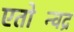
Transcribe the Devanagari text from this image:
एतोन्विंद्र